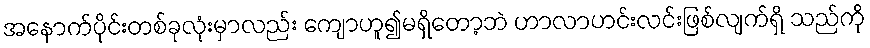
အနောက်ပိုင်းတစ်ခုလုံးမှာလည်း ကျောဟူ၍မရှိတော့ဘဲ ဟာလာဟင်းလင်းဖြစ်လျက်ရှိ သည်ကို